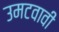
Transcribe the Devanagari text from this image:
उमटवावी